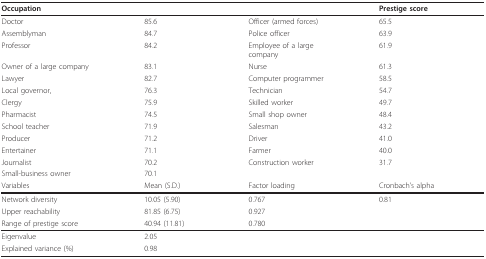
<table><thead><tr><td><b>Occupation</b></td><td>[EMPTY_CELL]</td><td>[EMPTY_CELL]</td><td><b>Prestige score</b></td></tr></thead><tbody><tr><td>Doctor</td><td>85.6</td><td>Officer (armed forces)</td><td>65.5</td></tr><tr><td>Assemblyman</td><td>84.7</td><td>Police officer</td><td>63.9</td></tr><tr><td>Professor</td><td>84.2</td><td>Employee of a largecompany</td><td>61.9</td></tr><tr><td>Owner of a large company</td><td>83.1</td><td>Nurse</td><td>61.3</td></tr><tr><td>Lawyer</td><td>82.7</td><td>Computer programmer</td><td>58.5</td></tr><tr><td>Local governor,</td><td>76.3</td><td>Technician</td><td>54.7</td></tr><tr><td>Clergy</td><td>75.9</td><td>Skilled worker</td><td>49.7</td></tr><tr><td>Pharmacist</td><td>74.5</td><td>Small shop owner</td><td>48.4</td></tr><tr><td>School teacher</td><td>71.9</td><td>Salesman</td><td>43.2</td></tr><tr><td>Producer</td><td>71.2</td><td>Driver</td><td>41.0</td></tr><tr><td>Entertainer</td><td>71.1</td><td>Farmer</td><td>40.0</td></tr><tr><td>Journalist</td><td>70.2</td><td>Construction worker</td><td>31.7</td></tr><tr><td>Small-business owner</td><td>70.1</td><td>[EMPTY_CELL]</td><td>[EMPTY_CELL]</td></tr><tr><td>Variables</td><td>Mean (S.D.)</td><td>Factor loading</td><td>Cronbach's alpha</td></tr><tr><td>Network diversity</td><td>10.05 (5.90)</td><td>0.767</td><td>0.81</td></tr><tr><td>Upper reachability</td><td>81.85 (6.75)</td><td>0.927</td><td>[EMPTY_CELL]</td></tr><tr><td>Range of prestige score</td><td>40.94 (11.81)</td><td>0.780</td><td>[EMPTY_CELL]</td></tr><tr><td>Eigenvalue</td><td colspan="3">2.05</td></tr><tr><td>Explained variance (%)</td><td colspan="3">0.98</td></tr></tbody></table>